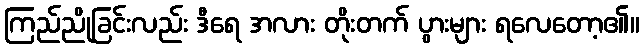
ကြည်ညိုခြင်းလည်း ဒီရေ အလား တိုးတက် ပွားများ ရလေတော့၏။